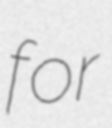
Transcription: for